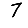
Digit: 7